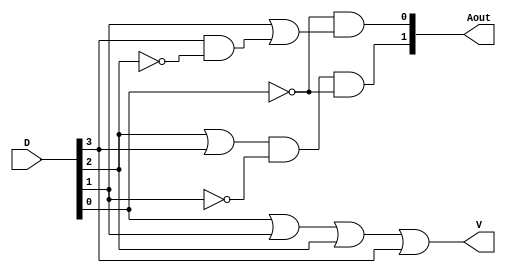
module Lab2_encoder_4bit_gate_level (output [1:0] Aout, output V, input [3:0] D);
  wire [2:0]d;
  not 
      G1(d[2], D[2]),
      G2(d[1], D[1]),
      G3(d[0], D[0]); 
  wire t1, t2;
  and
      G4(t2, D[3], d[2]);
  or  
      G5(t1, D[2], D[3]),
      G6(t3, D[1], t2);
  and
      G7(Aout[1], t1, d[1], d[0]),
      G8(Aout[0], d[0], t3);
  or
      G9(V, D[0], D[1], D[2], D[3]);
endmodule